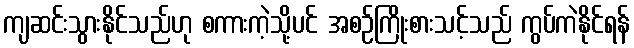
ကျဆင်းသွားနိုင်သည်ဟု စကားကဲ့သို့ပင် အစဉ်ကြိုးစားသင့်သည် ကွပ်ကဲနိုင်ရန်